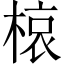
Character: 𭫊